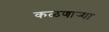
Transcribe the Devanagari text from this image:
कळणार्‍या